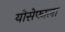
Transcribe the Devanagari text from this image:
योसेफाला